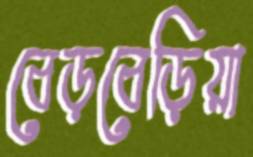
বেড়বেড়িয়া